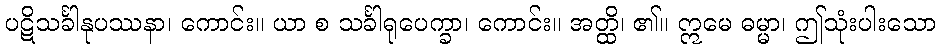
ပဋိသင်္ခါနုပဿနာ၊ ကောင်း။ ယာ စ သင်္ခါရုပေက္ခာ၊ ကောင်း။ အတ္ထိ၊ ၏။ ဣမေ ဓမ္မာ၊ ဤသုံးပါးသော